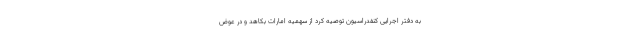
به دفتر اجرایی کنفدراسیون توصیه کرد از سهمیه امارات بکاهد و در عوض